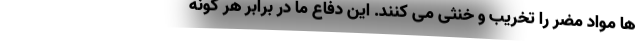
ها مواد مضر را تخریب و خنثی می کنند. این دفاع ما در برابر هر گونه